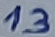
Text: 13